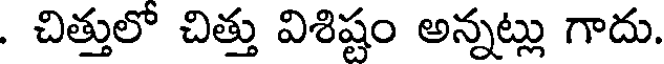
. చిత్తులో చిత్తు విశిష్టం అన్నట్లు గాదు.